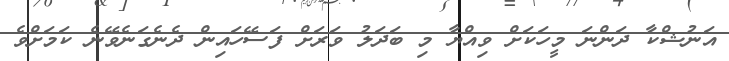
އަނުޝްކާ ދަންނަ މީހަކަށް ވިއްޔާ މި ބަދަލު ވަރަށް ފަސޭހައިން ދެނެގަނެވޭނެ ކަމަށްވެ